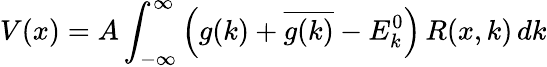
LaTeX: V(x)=A\int_{-\infty}^{\infty}\left(g(k)+{\overline{{g(k)}}}-E_{k}^{0}\right)\, R(x,k)\, dk